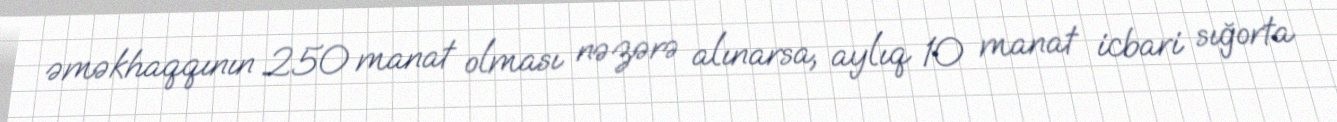
əməkhaqqının 250 manat olması nəzərə alınarsa, aylıq 10 manat icbari sığorta